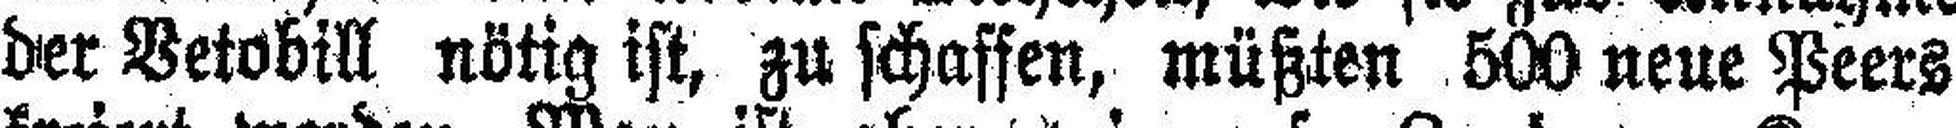
der Vetobill nötig ist, zu schaffen, müßten 500 neue Peers